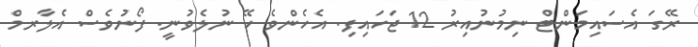
ރޭގަ އެސައިމަންޓް ނިމުނުއިރު 12 ޖަހައިފި. އެހެންވެ ހޭ ނުލެވުނީ. ފޯނުވެސް އެލާރމް